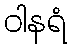
ဝါနရံ